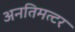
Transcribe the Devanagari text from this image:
अनतिमत्टर